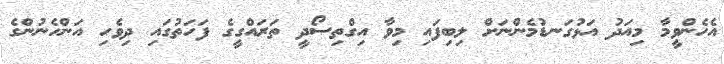
އެހެންވީމާ މިއަދު އަޅުގަނޑުމެންނަށް ލިބިފައި މިވާ އިގްތިސޯދީ ތަރައްގީގެ ފަހަތުގައި ދިވެހި އަންހެނުންގެ